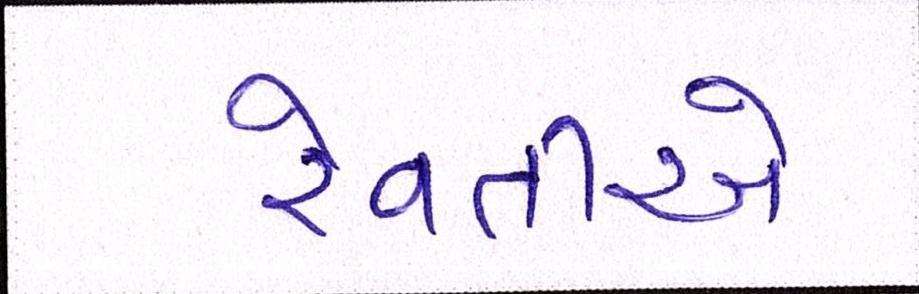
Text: રેવતીએ